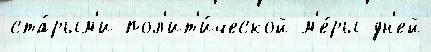
ста́рым'и пол'ит'и́ческой м'е́ры дн'ей